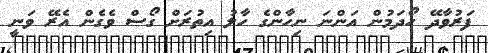
ފަރުވާދޭ ހޯދަމުން އަންނަ ނިހާންގެ ހާލު އިތުރަށް ގޯސް ވެގެން އެރޭ ވަނީ